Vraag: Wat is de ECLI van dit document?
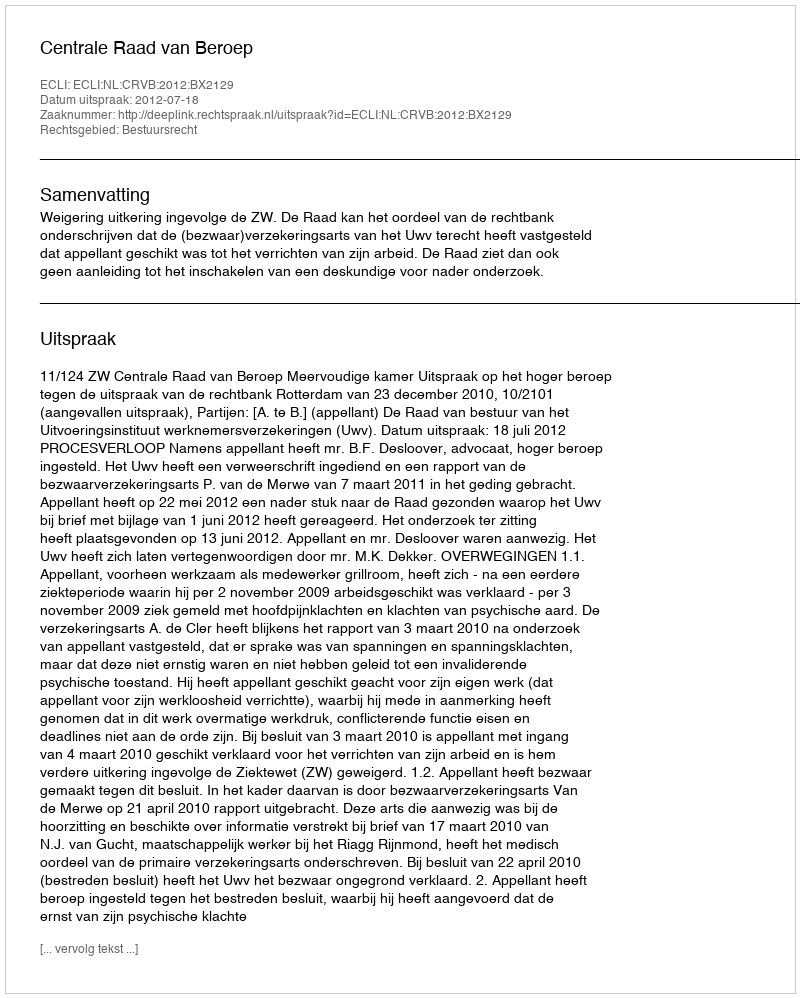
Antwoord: ECLI:NL:CRVB:2012:BX2129